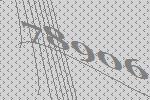
78906